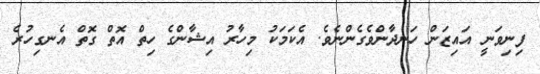
ފިނިވަނީ އައިޒަން ހަނދާންވެގެންނެވެ. އެކަމަކު މިހާރު އިޝާންގެ ހިތް އޮތް ގޮތް އެނގިހުރެ